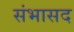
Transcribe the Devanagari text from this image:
संभासद